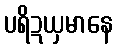
ပရိဍယှမာနေ